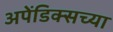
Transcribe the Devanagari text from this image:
अपेंडिक्सच्या